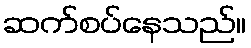
ဆက်စပ်နေသည်။